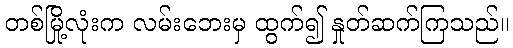
တစ်မြို့လုံးက လမ်းဘေးမှ ထွက်၍ နှုတ်ဆက်ကြသည်။